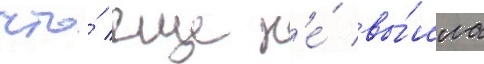
что́ еще н'е́ вы́шла